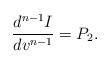
\begin{align*} \frac{d^{n-1}I}{dv^{n-1}}=P_2.\end{align*}